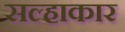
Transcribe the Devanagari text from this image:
सल्हाकार